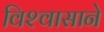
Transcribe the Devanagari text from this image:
विश्‍वासाने